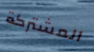
المشتركة